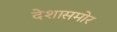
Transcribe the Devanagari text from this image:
देशासमोर